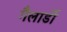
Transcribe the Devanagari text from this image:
गैलार्डो